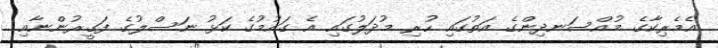
އެމެރިކާގެ މުއްސަނދިންގެ އަތުގައި ހުރި މުދަލުގައި އެ ގައުމުގެ ކަޅު ނަސްލުގެ ފަގީރުންނާއި